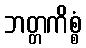
ဘတ္တကိစ္စံ